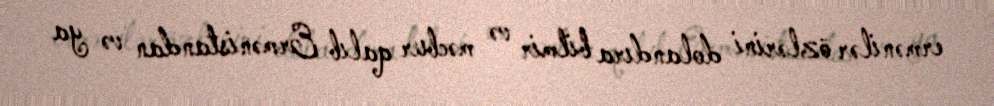
ermənilər özlərini dolandıra bilmir və məcbur qalıb Ermənistandan və ya